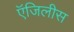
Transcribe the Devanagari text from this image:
ऍजिलीस